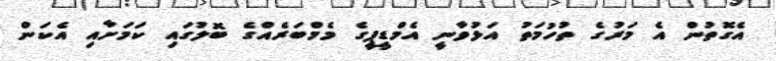
އެގޮތުން އެ މަރުގެ ތުހުމަތު އަޅުވާނީ އެމްޑީޕީގެ މެމްބަރެއްގެ ބޮލުގައި ކަމަށާއި އެކަން